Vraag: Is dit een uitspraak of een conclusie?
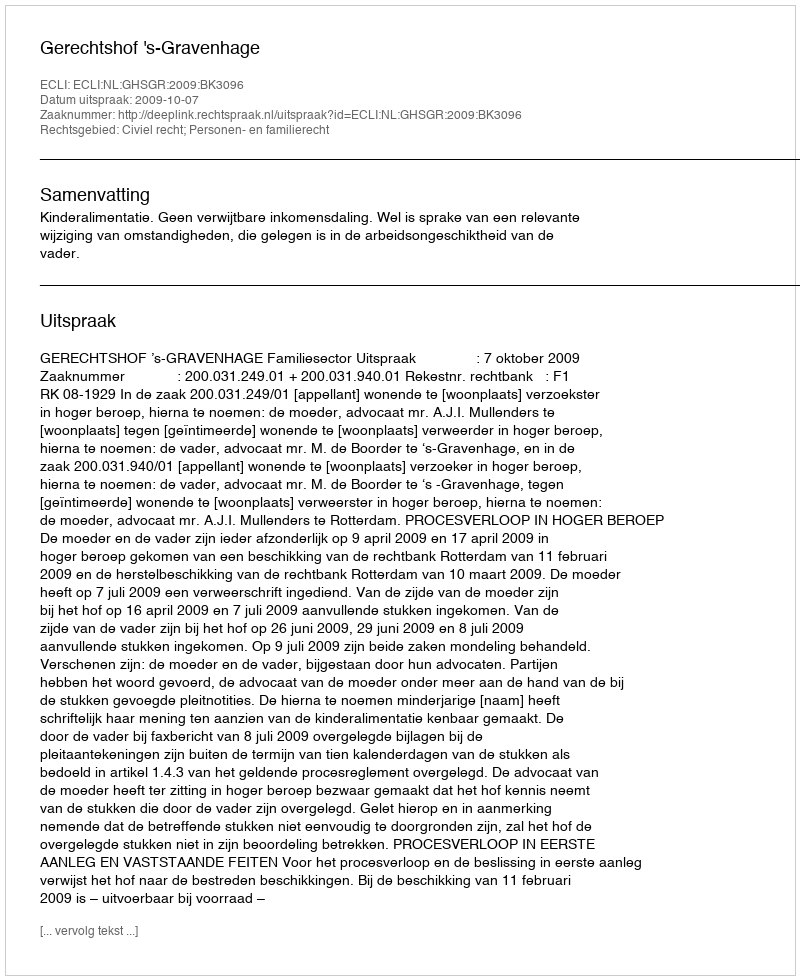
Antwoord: Uitspraak